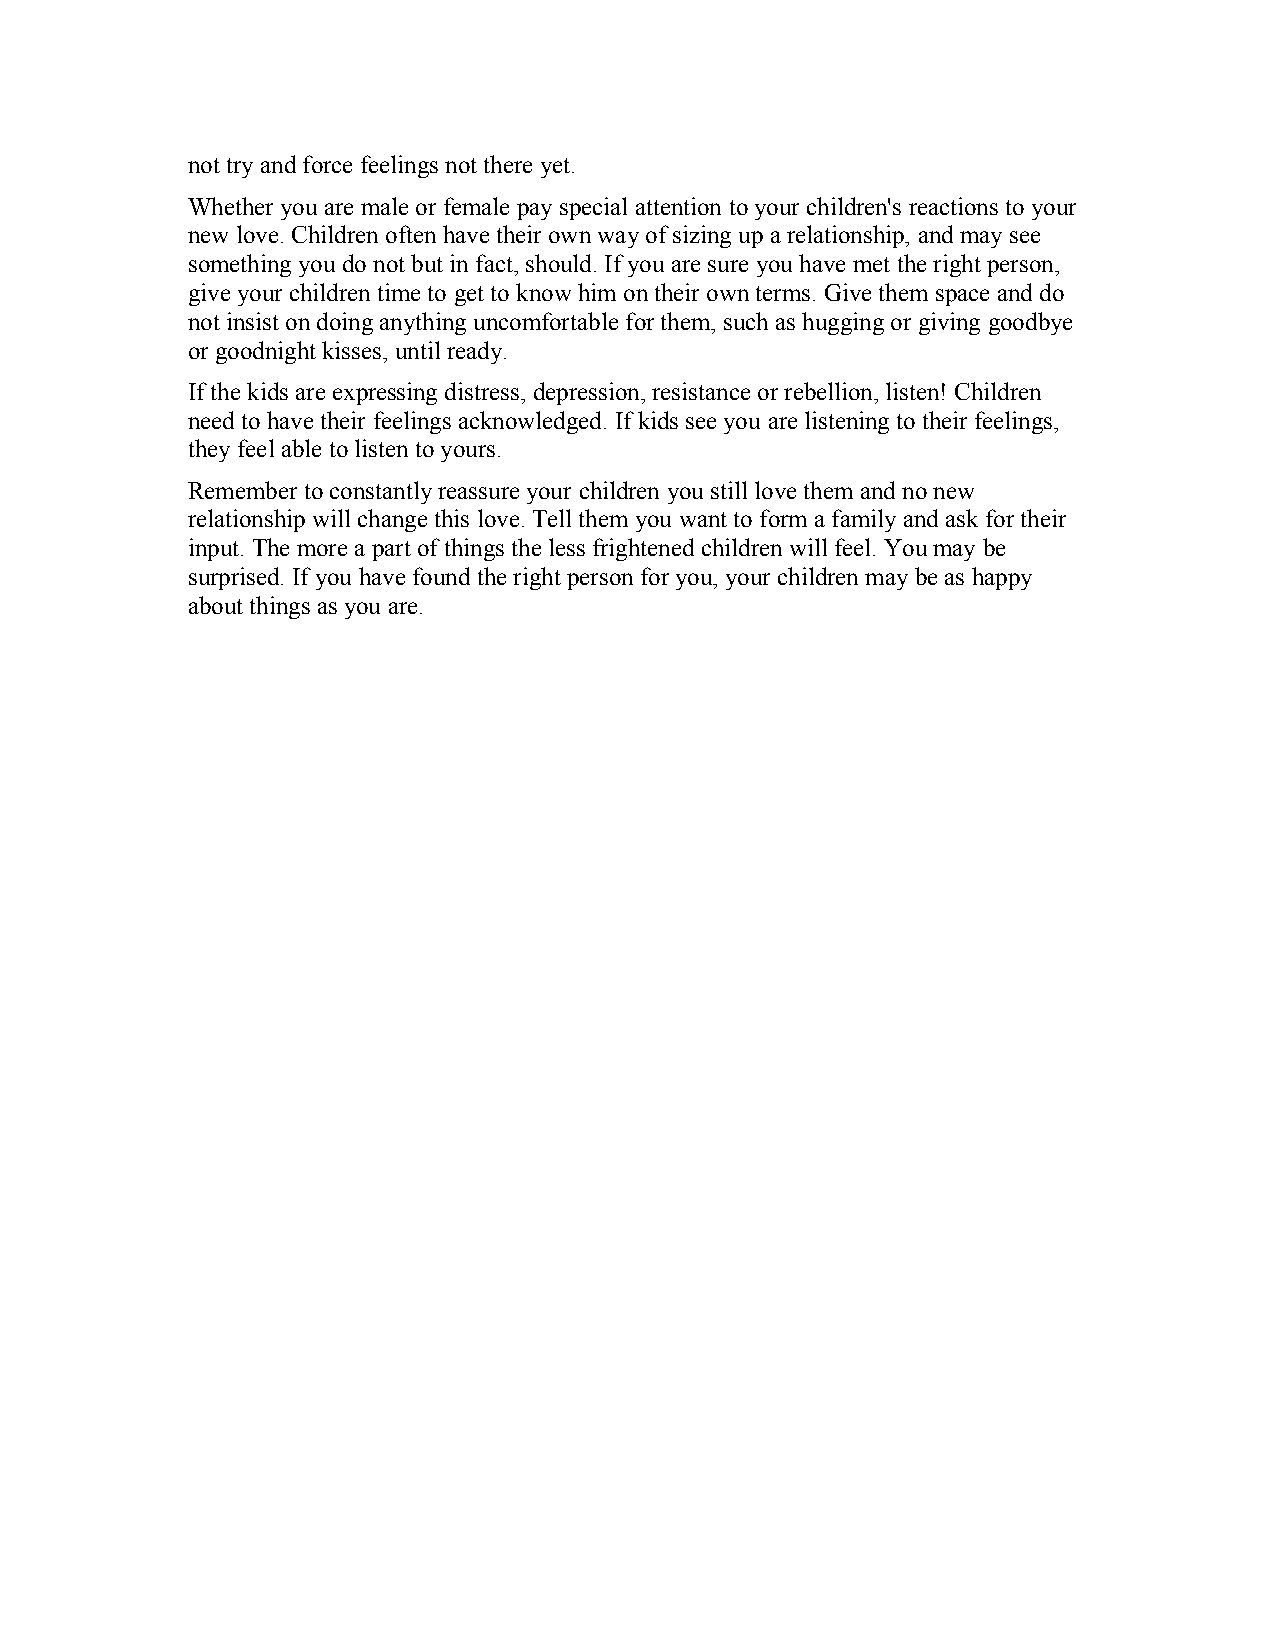
not try and force feelings not there yet.
 Whether you are male or female pay special attention to your children's reactions to your
 new love. Children often have their own way of sizing up a relationship, and may see
 something you do not but in fact, should. If you are sure you have met the right person,
 give your children time to get to know him on their own terms. Give them space and do
 not insist on doing anything uncomfortable for them, such as hugging or giving goodbye
 or goodnight kisses, until ready.
 If the kids are expressing distress, depression, resistance or rebellion, listen! Children
 need to have their feelings acknowledged. If kids see you are listening to their feelings,
 they feel able to listen to yours.
 Remember to constantly reassure your children you still love them and no new
 relationship will change this love. Tell them you want to form a family and ask for their
 input. The more a part of things the less frightened children will feel. You may be
 surprised. If you have found the right person for you, your children may be as happy
 about things as you are.